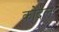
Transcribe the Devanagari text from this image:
कोदल